system: You are a helpful assistant.
user:
Analyze the provided spectrum to determine if it is a **M-type Giant (gM)**.

A M-type Giant spectrum is defined by its **strong molecular absorption** features, particularly from **Titanium Oxide (TiO)**. You must check for one of the following mutually exclusive signatures:

- **Key Visual Indicators (Absorption-Dominated Spectrum):**

    - **(Primary):** The spectrum is dominated by strong molecular absorption from **Titanium Oxide (TiO)**. This is the **defining feature** of its M-type temperature class.
        - **(Key Bandheads):** Look for sharp, "saw-tooth" absorption valleys. The strongest are located near **~7050 Å**, **~6160 Å**, and **~5170 Å**.
        - **(Line Profile):** The "saw-tooth" morphology is critical: a **sharp, steep drop on the BLUE (short-wavelength) side** of the bandhead, followed by a gradual recovery (rising flux) towards the RED (long-wavelength) side.

    - **(Key Confirmation - Giant vs. Dwarf):** **ABSENCE** of strong **Calcium Hydride (CaH)** molecular bands. This is the primary diagnostic for *excluding* M-dwarfs.
        - **(Key Region):** The spectrum should lack the strong, broad absorption band seen in dwarfs between **~6800 Å and ~7000 Å**.

    - **(Secondary Confirmation - Giant):** A very strong and broad **Neutral Calcium (Ca I)** atomic absorption line.
        - **(Key Line):** Located at **~4226 Å**. In a giant (gM), this line is significantly deeper and broader than the same line in an M-dwarf (dM) due to low surface gravity.

    - **(Overall Spectrum):**
        - The continuum is **extremely red-sloping** (i.e., flux is very low in the blue and rises dramatically towards the red).
        - The entire spectrum appears "chopped up" by the deep TiO bands.

Think first, call **spectral_visualization_tool** if needed to examine features in detail, then provide your final answer. Your response must adhere to the following strict rules:
1.  **Overall Structure:** Your response must follow the format `<think>...</think> <tool_call>...</tool_call> (if a tool is used) <answer>...</answer>`.
2.  **Tool Usage Constraint:** You may only make **one** tool call per turn.
3.  **Final Answer Format:** In the `<answer>` tag, your conclusion must be inside a `\boxed{}` command (e.g., `\boxed{YES}` or `\boxed{NO}`), followed by your justification.

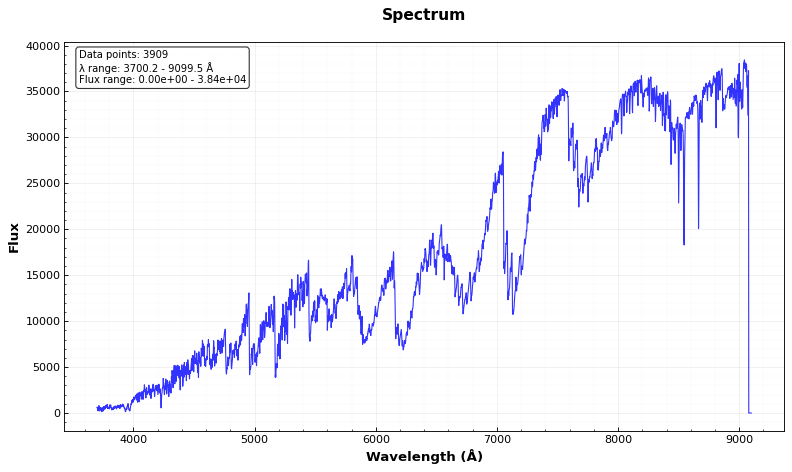
Answer: YES